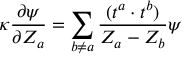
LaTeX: \kappa \frac { \partial \psi } { \partial Z _ { a } } = \sum _ { b \neq a } \frac { ( t ^ { a } \cdot t ^ { b } ) } { Z _ { a } - Z _ { b } } \psi